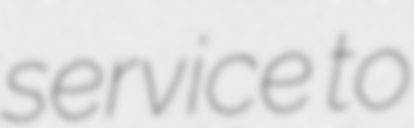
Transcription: service to